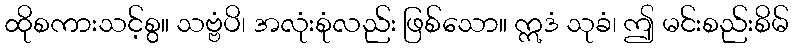
ထိုစကားသင့်စွ။ သဗ္ဗံပိ၊ အလုံးစုံလည်း ဖြစ်သော။ ဣဒံ သုခံ၊ ဤ မင်းစည်းစိမ်